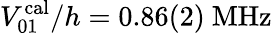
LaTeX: V_{01}^{\mathrm{cal}}/h=0.86(2)~\mathrm{MHz}